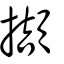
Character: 擷